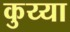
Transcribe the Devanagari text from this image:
कुय्या